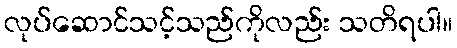
လုပ်ဆောင်သင့်သည်ကိုလည်း သတိရပါ။